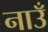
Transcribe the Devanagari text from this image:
नाउँ